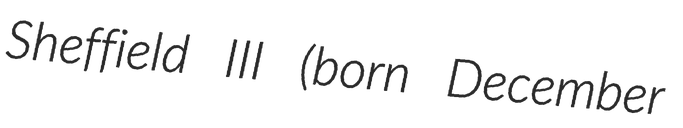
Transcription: Sheffield III (born December